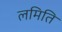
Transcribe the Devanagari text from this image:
लमिति